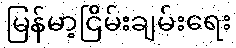
မြန်မာ့ငြိမ်းချမ်းရေး